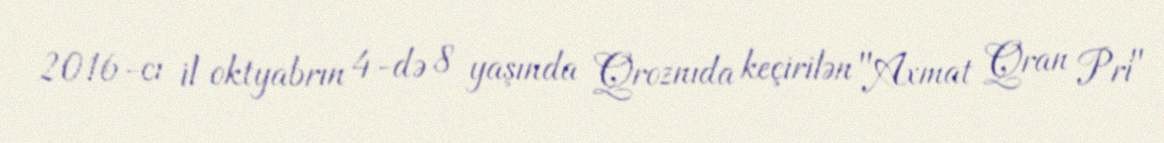
2016-cı il oktyabrın 4-də 8 yaşında Qroznıda keçirilən "Axmat Qran Pri"